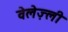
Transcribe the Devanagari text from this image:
वेलेज़्ली